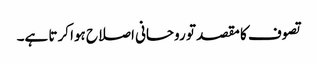
تصوف کا مقصد تو روحانی اصلاح ہوا کرتا ہے۔